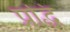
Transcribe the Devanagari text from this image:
प्रद्धि